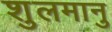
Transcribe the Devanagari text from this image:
शुलमानु